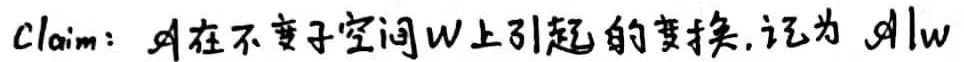
Claim: $\mathscr{A}$在不变子空间$W$上引起的变换, 记为$\left.\mathscr{A}\right|_{W}$